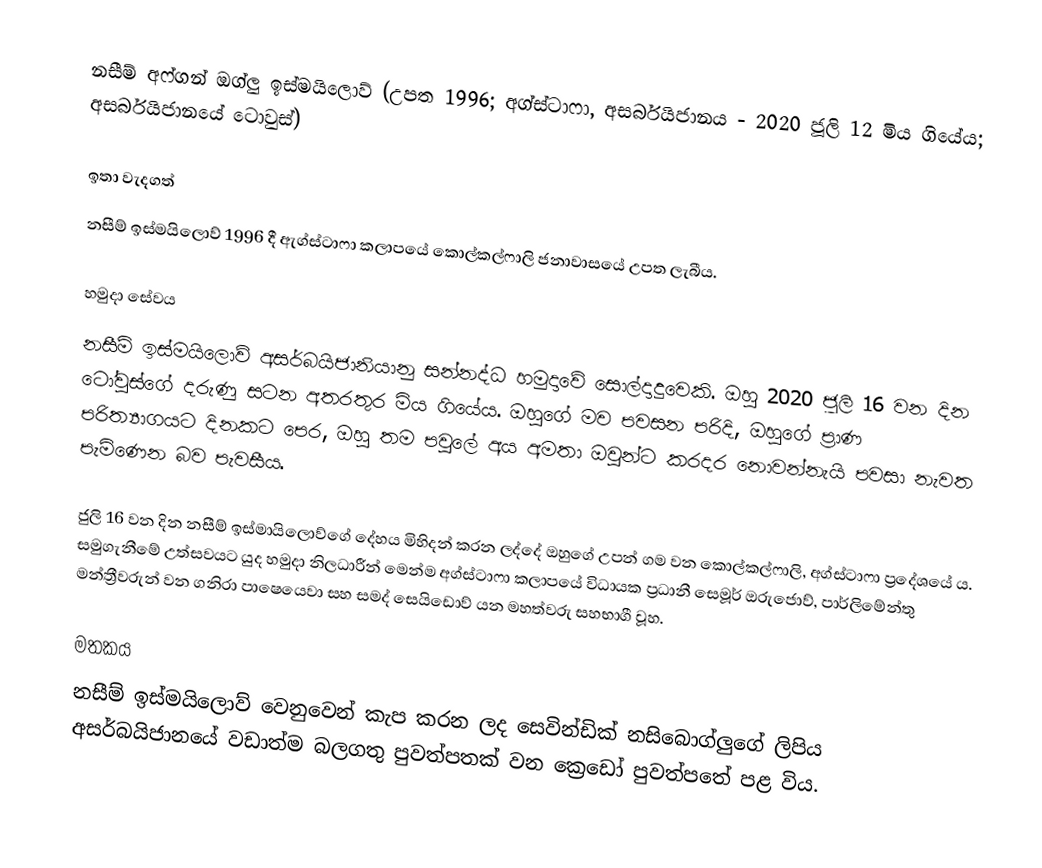
නසීම් අෆ්ගන් ඔග්ලු ඉස්මයිලොව් (උපත 1996; අග්ස්ටාෆා, අසර්බයිජානය - 2020 ජූලි 12 මිය ගියේය; අසර්බයිජානයේ ටොවුස්)

ඉතා වැදගත්
නසීම් ඉස්මයිලොව් 1996 දී ඇග්ස්ටාෆා කලාපයේ කොල්කල්ෆාලි ජනාවාසයේ උපත ලැබීය.

හමුදා සේවය
නසීම් ඉස්මයිලොව් අසර්බයිජානියානු සන්නද්ධ හමුදාවේ සොල්දාදුවෙකි. ඔහු 2020 ජූලි 16 වන දින ටෝවුස්ගේ දරුණු සටන අතරතුර මිය ගියේය. ඔහුගේ මව පවසන පරිදි, ඔහුගේ ප්‍රාණ පරිත්‍යාගයට දිනකට පෙර, ඔහු තම පවුලේ අය අමතා ඔවුන්ට කරදර නොවන්නැයි පවසා නැවත පැමිණෙන බව පැවසීය.

ජුලි 16 වන දින නසීම් ඉස්මායිලොව්ගේ දේහය මිහිදන් කරන ලද්දේ ඔහුගේ උපන් ගම වන කොල්කල්ෆාලි, අග්ස්ටාෆා ප්‍රදේශයේ ය. සමුගැනීමේ උත්සවයට යුද හමුදා නිලධාරීන් මෙන්ම අග්ස්ටාෆා කලාපයේ විධායක ප්‍රධානී සෙමූර් ඔරුජොව්, පාර්ලිමේන්තු මන්ත්‍රීවරුන් වන ගනිරා පාෂෙයෙවා සහ සමද් සෙයිඩොව් යන මහත්වරු සහභාගී වූහ.

මතකය
නසීම් ඉස්මයිලොව් වෙනුවෙන් කැප කරන ලද සෙවින්ඩික් නසිබොග්ලුගේ ලිපිය අසර්බයිජානයේ වඩාත්ම බලගතු පුවත්පතක් වන ක්‍රෙඩෝ පුවත්පතේ පළ විය.